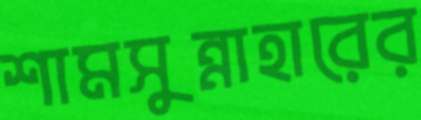
শামসুন্নাহারের